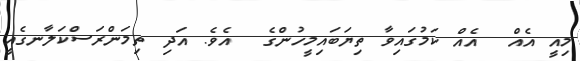
މިއީ އެއް  އެއް ކަމުގައިވާ ތިޔަބައިމީހުންގެ  އެވެ. އަދި ތިމަންރަސްކަލާނގެއީ